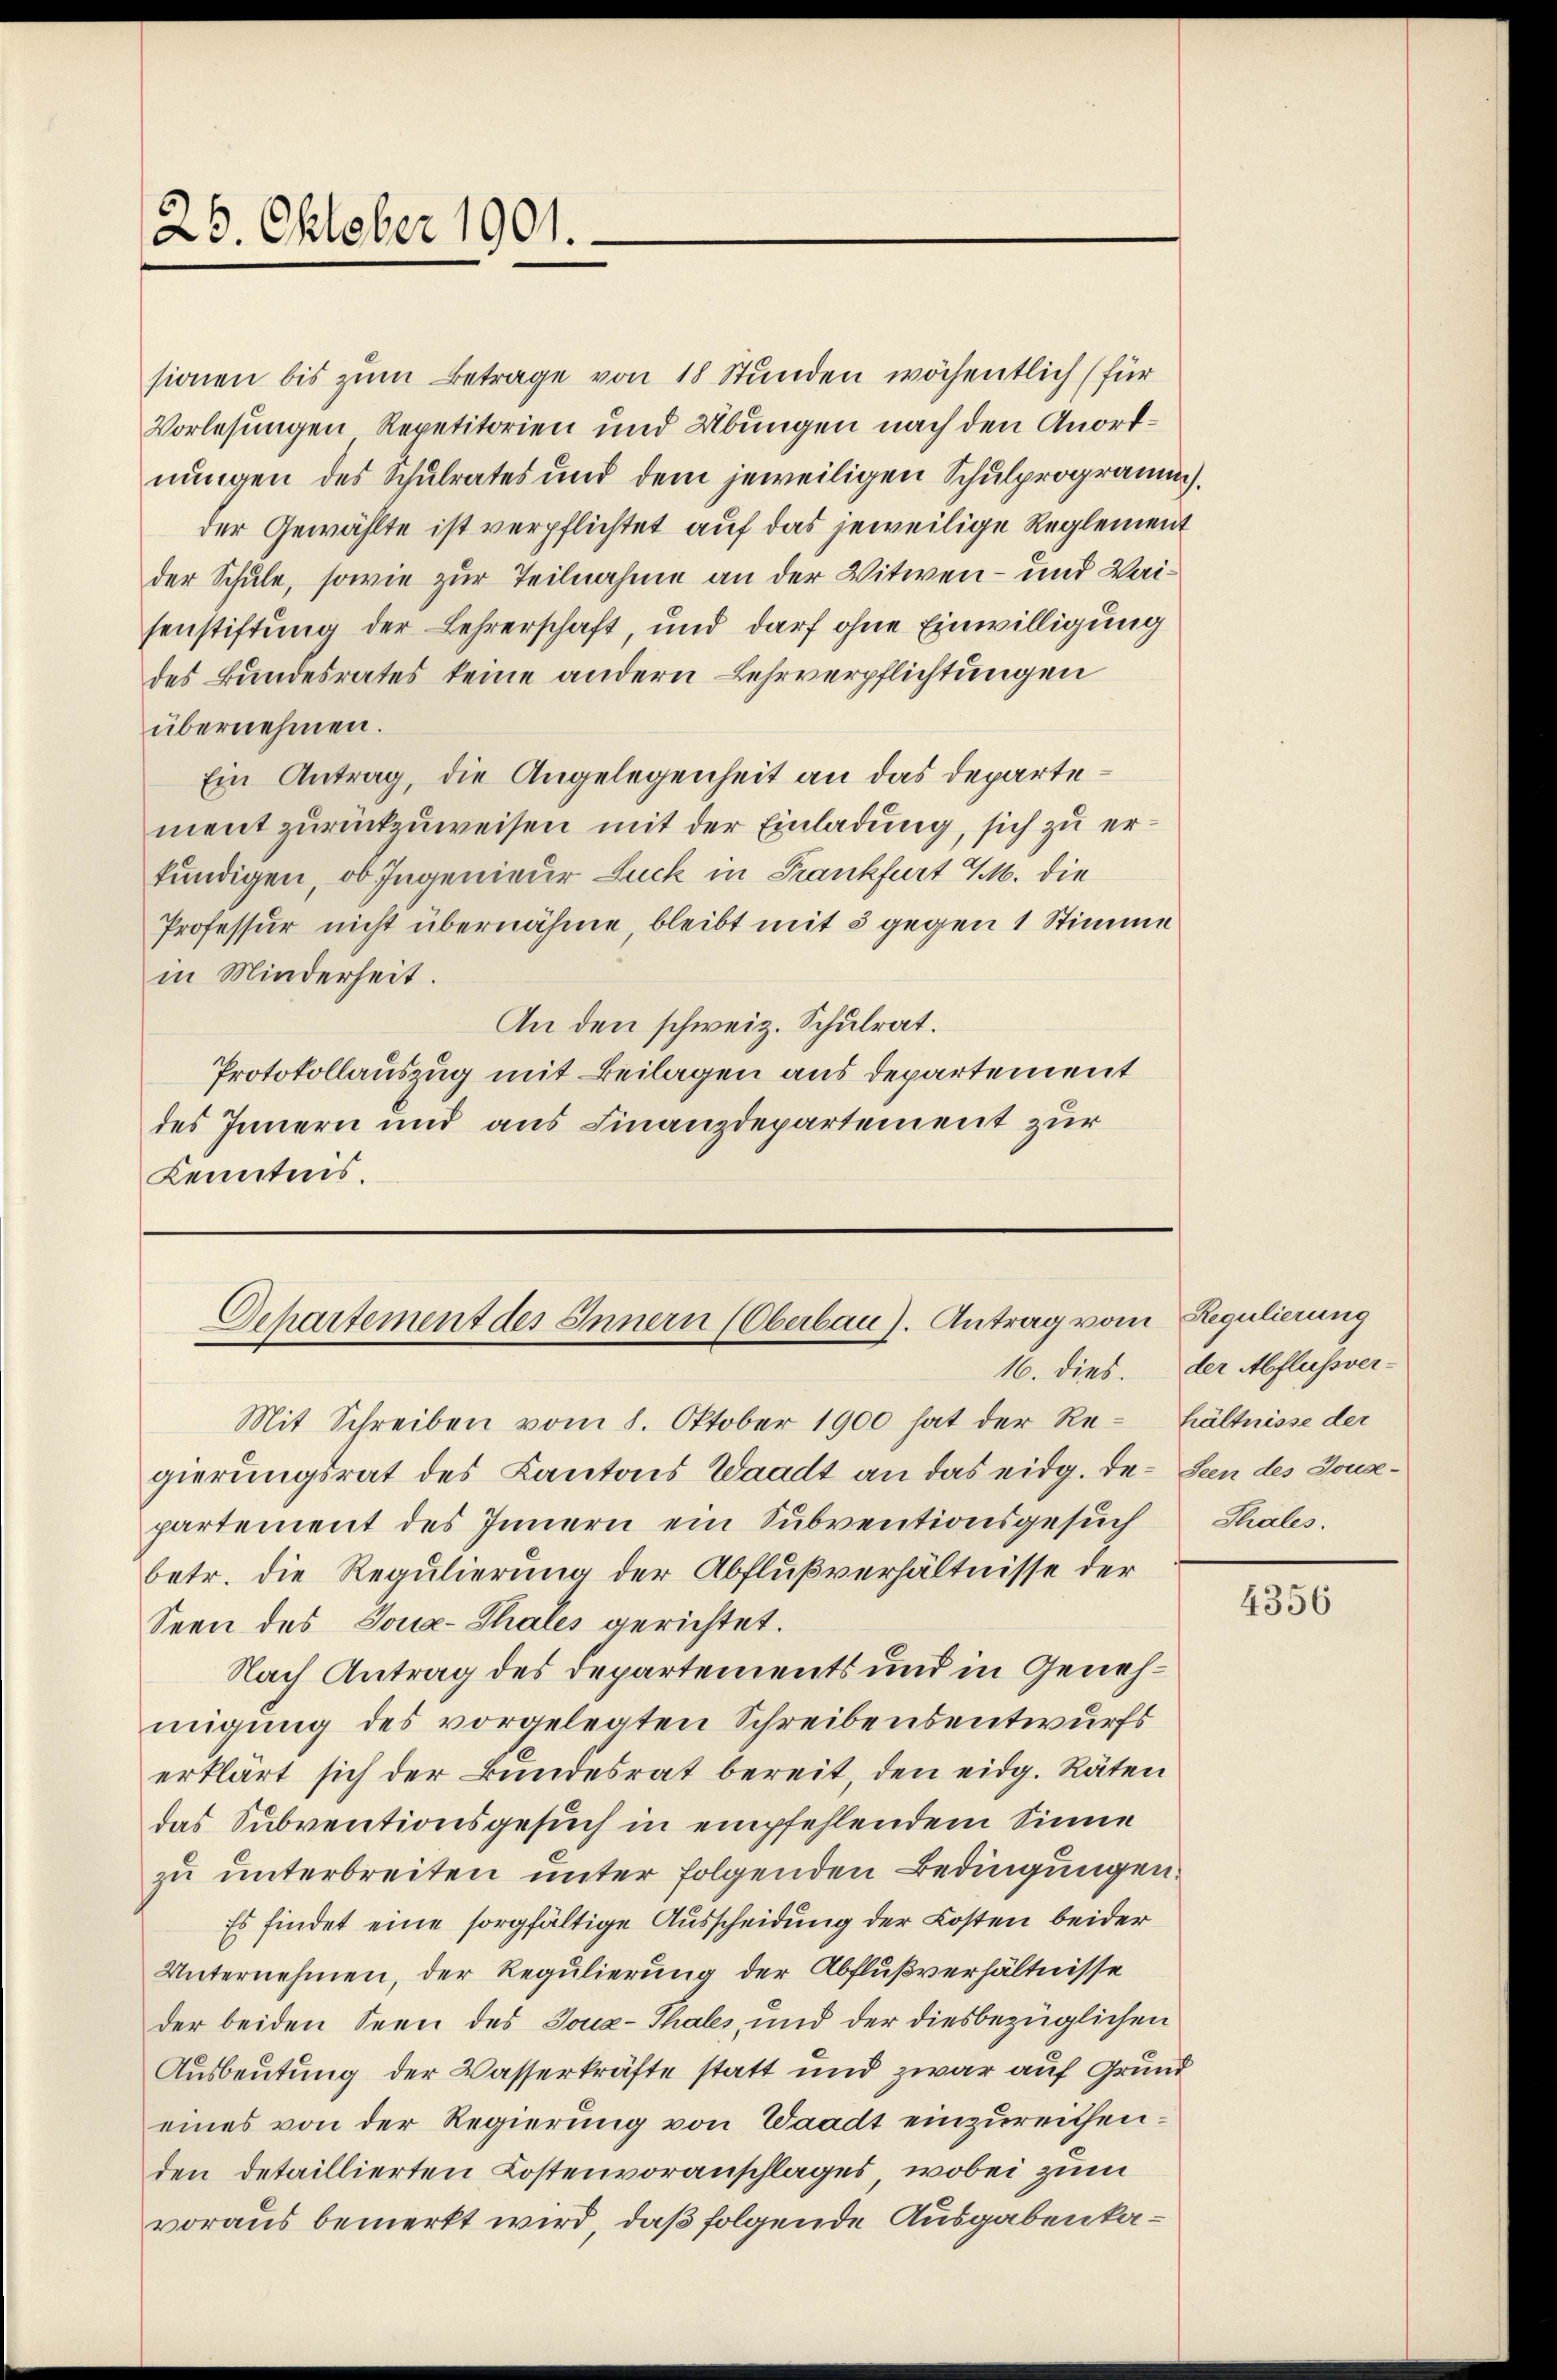
23. Oktober 1901.

Dehartement des Innern (Oberbau). Antrag vom Regulierung

sionen bis zŭm Betrage von 18 Stunden wöchentlich (für
Vorlesungen Repetitorien und Übungen nach den Anordnungen des Schulrates und dem jeweiligen Schulprogramm.
der Gewählte ist verpflichtet auf das jeweilige Reglement
der Schule, sowie zur Teilnahme an der Witwen- und Waisenstiftung der Lehrerschaft, und darf ohne Einwilligung
des Bundesrates keine andern Lehrverpflichtungen
übernehmen.
Ein Antrag, die Angelegenheit an das Departement zurückzuweisen mit der Einladung, sich zu erkundigen, ob Ingenieur Luck in Frankfurt M. die
Professur nicht übernähme, bleibt mit 3 gegen 1 Stimme
in Minderheit.
An den schweiz. Schulrat.
Protokollauszug mit Beilagen aus departement
des Innern und aus Finanzdepartement zur
Kenntnis.

Mit Schreiben vom 8. Oktober 1900 hat der Re- hältnisse der
gierungsrat des Kantons Waadt an das eidg. De- Seen des Jonapartement des Innern ein Subventionsgesŭch Thales.
betr. die Regulierung der Abflußverhältnisse der
Seen des Joux-Thales gerichtet.
Nach Antrag des Departements und in Genehmigung des vorgelegten Schreibensentwurfs
erklärt sich der Bundesrat bereit, den eidg. Räten
das Subventionsgesuch in empfehlendem Sinne
zu unterbreiten unter folgenden Bedingungen.
Es findet eine sorgfältige Ausscheidung der Kosten beider
Unternehmen, der Regulierung der Abflußverhältnisse
der beiden Seen des Jouz-Thales, und der diesbezüglichen
Ausbeutung der Wasserkräfte statt und zwar auf Grund
eines von der Regierung von Waadt einzureithenden detaillierten Kostenvoranschlages, wobei zum
voraus bemerkt wird, daß folgende Ausgabenka¬

16. dies. der Abflussver-

4356